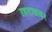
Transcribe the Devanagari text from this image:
ऱहटाळकर